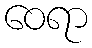
ဝေရာ